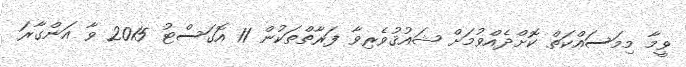
ވީމާ މިމަސައްކަތް ކޮށްދެއްވުމަށް ޝައުޤުވެރިވާ ފަރާތްތަކުން 11 އޮގަސްޓު 2015 ވާ އަންގާރަ